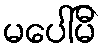
မပေါ်မီ